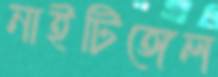
নাইটিঙ্গেল